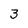
Character: 3